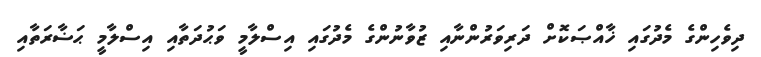
ދިވެހިންގެ މެދުގައި ޚާއްޞަކޮށް ދަރިވަރުންނާއި ޒުވާނުންގެ މެދުގައި އިސްލާމީ ވަޙުދަތާއި އިސްލާމީ ޙަޟާރަތާއި